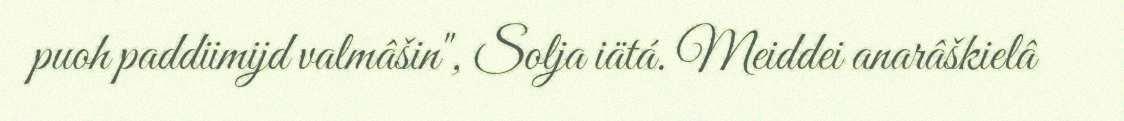
puoh paddiimijd valmâšin", Solja iätá. Meiddei anarâškielâ